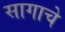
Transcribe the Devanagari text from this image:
सागाचे